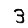
Digit: 3